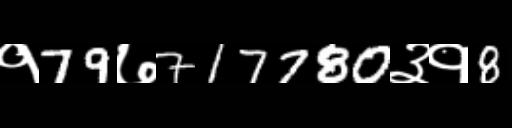
Text: १79७717780३१8